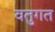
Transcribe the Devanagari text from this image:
वतुगत